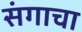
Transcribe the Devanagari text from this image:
संगाचा